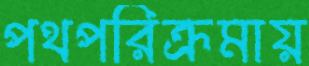
পথপরিক্রমায়